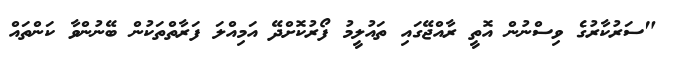
"ސަރުކާރުގެ ވިސްނުން އޮތީ ރާއްޖޭގައި ތައުލީމު ފޯރުކޮށްދޭ އަމިއްލަ ފަރާތްތަކުން ބޭނުންވާ ކަންތައް